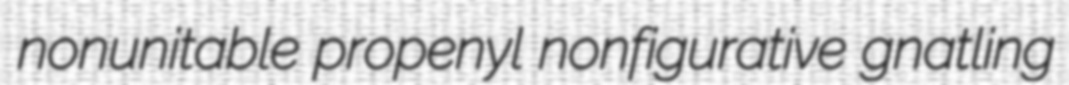
nonunitable propenyl nonfigurative gnatling